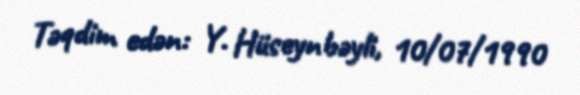
Təqdim edən: Y. Hüseynbəyli, 10/07/1990